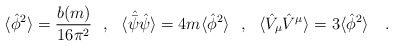
\begin{align*}\langle \hat{\phi}^2 \rangle={b(m) \over 16\pi^2}~~,~~\langle \hat{\bar{\psi}}\hat{\psi}\rangle=4m\langle \hat{\phi}^2 \rangle~~,~~\langle \hat{V}_\mu\hat{V}^\mu \rangle=3\langle \hat{\phi}^2 \rangle~~~.\end{align*}